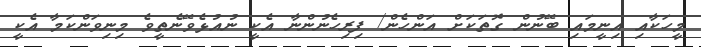
މީހަކާއި އިނީމައި ބޭނުން ގޮތަކަށް އަންހެން/ ފިރިހެނުންނާ އެކީ ނުއުޅެވޭނެތީވެ މިނިވަންކަމާ އެކީ